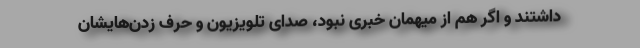
داشتند و اگر هم از میهمان خبری نبود، صدای تلویزیون و حرف زدن‌هایشان